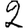
Digit: 2